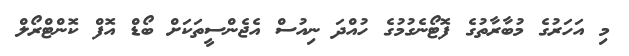
މި އަހަރުގެ މުބާރާތުގެ ފޮޓޯނެގުމުގެ ހުއްދަ ނިއުސް އެޖެންސީތަކަށް ބޯޑް އޮފް ކޮންޓްރޯލް